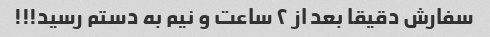
سفارش دقیقا بعد از ۲ ساعت و نیم به دستم رسید!!!